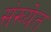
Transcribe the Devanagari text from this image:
संख्‍येत